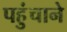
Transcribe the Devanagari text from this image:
पहुुंचाने